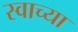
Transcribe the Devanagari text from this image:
स्वाच्या